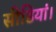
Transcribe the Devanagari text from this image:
सीडियां।